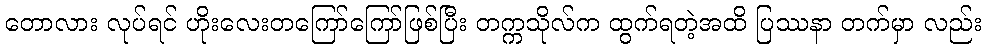
တောလား လုပ်ရင် ဟိုးလေးတကြော်ကြော်ဖြစ်ပြီး တက္ကသိုလ်က ထွက်ရတဲ့အထိ ပြဿနာ တက်မှာ လည်း